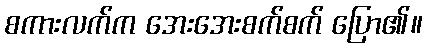
စကားလက်က အေးအေးစက်စက် ပြော၏။